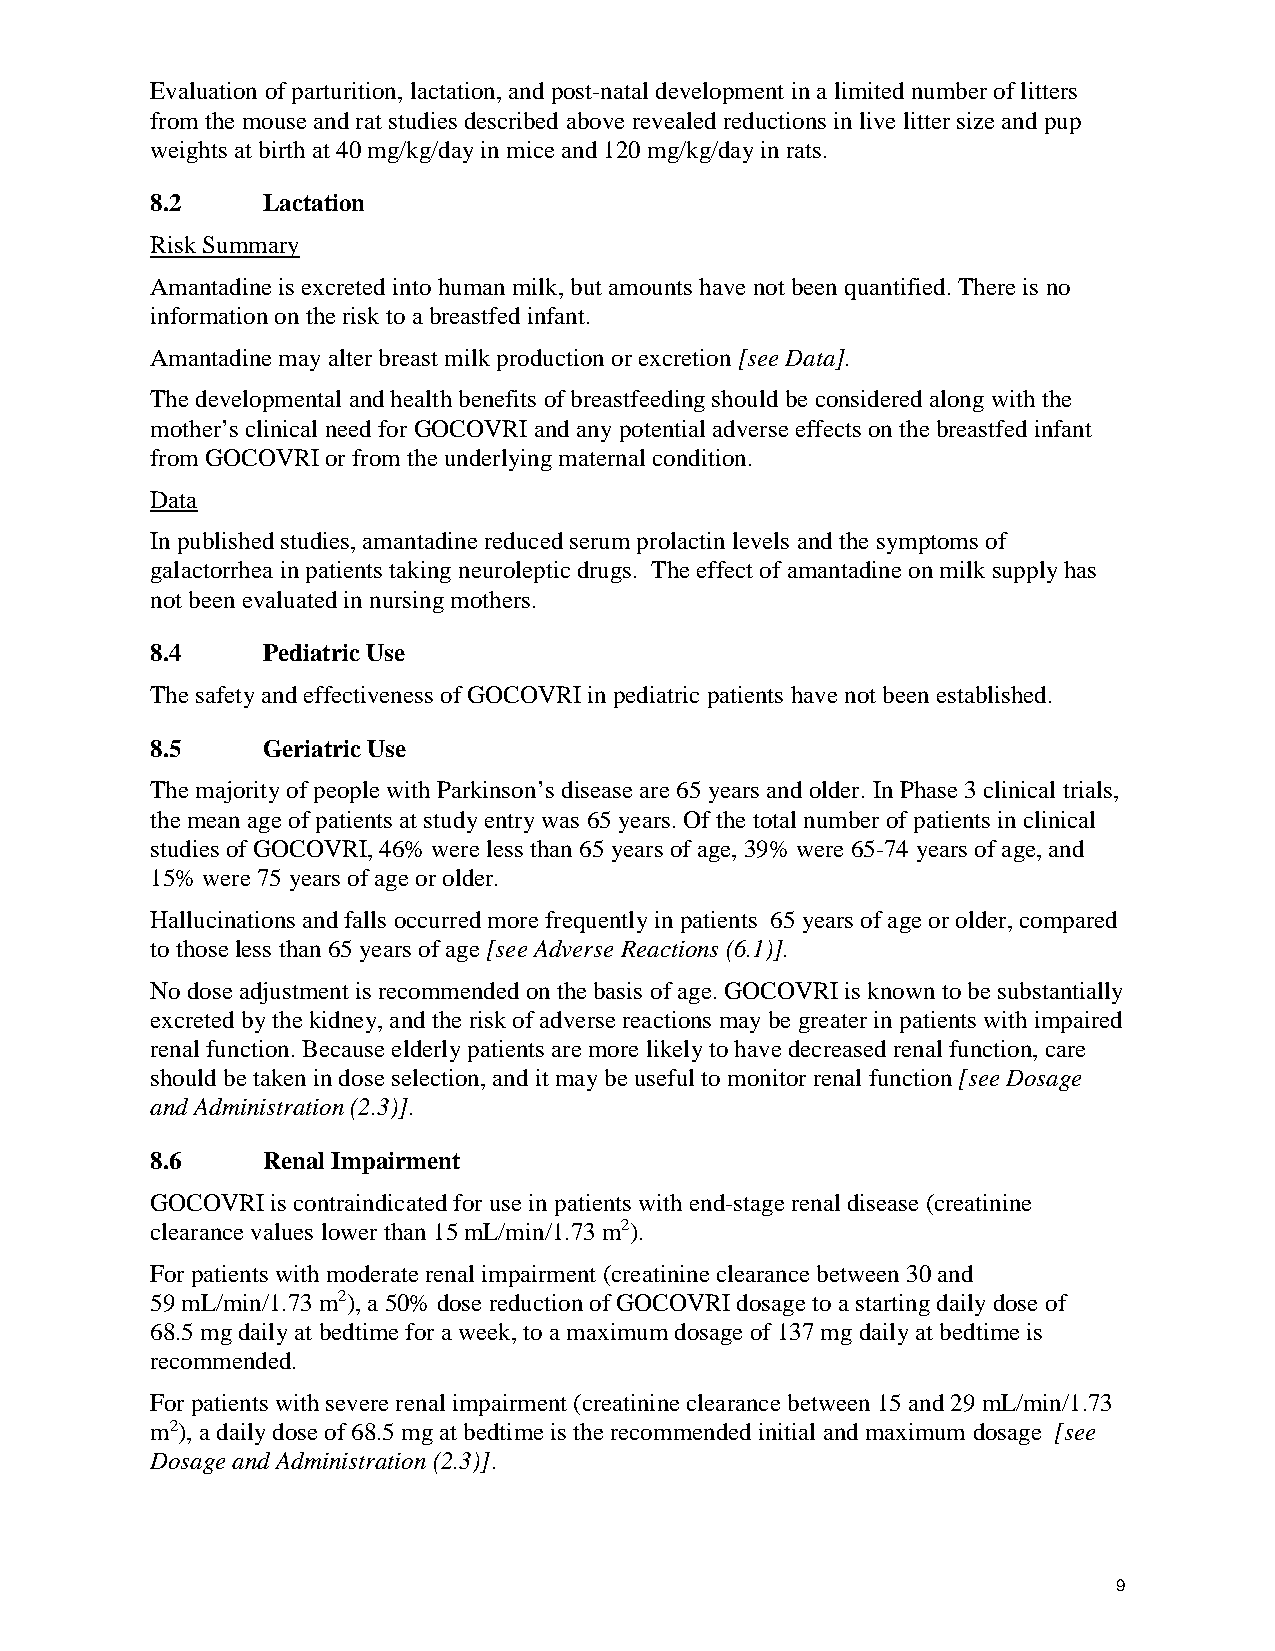
Evaluation of parturition, lactation, and post-natal development in a limited number of litters
 from the mouse and rat studies described above revealed reductions in live litter size and pup
 weights at birth at 40 mg/kg/day in mice and 120 mg/kg/day in rats.
 8.2    Lactation
 Risk Summary
 Amantadine is excreted into human milk, but amounts have not been quantified. There is no
 information on the risk to a breastfed infant.
 Amantadine may alter breast milk production or excretion [see Data].
 The developmental and health benefits of breastfeeding should be considered along with the
 mother’s clinical need for GOCOVRI and any potential adverse effects on the breastfed infant
 from GOCOVRI or from the underlying maternal condition.
 Data
 In published studies, amantadine reduced serum prolactin levels and the symptoms of
 galactorrhea in patients taking neuroleptic drugs. The effect of amantadine on milk supply has
 not been evaluated in nursing mothers.
 8.4    Pediatric Use
 The safety and effectiveness of GOCOVRI in pediatric patients have not been established.
 8.5    Geriatric Use
 The majority of people with Parkinson’s disease are 65 years and older. In Phase 3 clinical trials,
 the mean age of patients at study entry was 65 years. Of the total number of patients in clinical
 studies of GOCOVRI, 46% were less than 65 years of age, 39% were 65-74 years of age, and
 15% were 75 years of age or older.
 Hallucinations and falls occurred more frequently in patients 65 years of age or older, compared
 to those less than 65 years of age [see Adverse Reactions (6.1)].
 No dose adjustment is recommended on the basis of age. GOCOVRI is known to be substantially
 excreted by the kidney, and the risk of adverse reactions may be greater in patients with impaired
 renal function. Because elderly patients are more likely to have decreased renal function, care
 should be taken in dose selection, and it may be useful to monitor renal function [see Dosage
 and Administration (2.3)].
 8.6    Renal Impairment
 GOCOVRI is contraindicated for use in patients with end-stage renal disease (creatinine
 clearance values lower than 15 mL/min/1.73 m2).
 For patients with moderate renal impairment (creatinine clearance between 30 and
 59 mL/min/1.73 m2), a 50% dose reduction of GOCOVRI dosage to a starting daily dose of
 68.5 mg daily at bedtime for a week, to a maximum dosage of 137 mg daily at bedtime is
 recommended.
 For patients with severe renal impairment (creatinine clearance between 15 and 29 mL/min/1.73
 m2), a daily dose of 68.5 mg at bedtime is the recommended initial and maximum dosage [see
 Dosage and Administration (2.3)].
 9